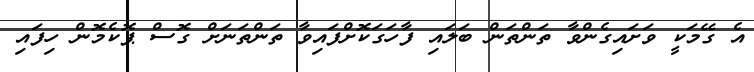
އެ ގޭމަކީ ވަށައިގެންވާ ތަންތަން ބަލައި ފާހަގަކޮށްފައިވާ ތަންތަނަށް ގޮސް ޕޮކެމޮން ހިފައި